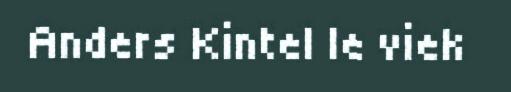
Anders Kintel le viek